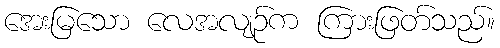
အေးမြသော လေအလျဉ်က ကြားဖြတ်သည်။